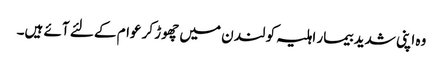
وہ اپنی شدید بیمار اہلیہ کو لند ن میں چھوڑ کر عوام کے لئے آئے ہیں۔